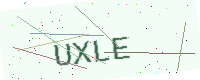
Text: UXLE